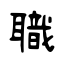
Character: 職